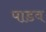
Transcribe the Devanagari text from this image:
पाडव